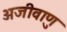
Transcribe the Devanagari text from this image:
अजीवाणु